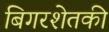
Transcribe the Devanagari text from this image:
बिगरशेतकी